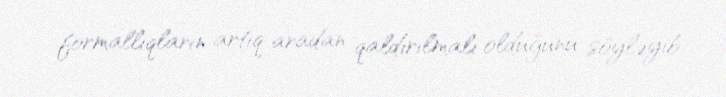
formallıqların artıq aradan qaldırılmalı olduğunu söyləyib.